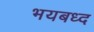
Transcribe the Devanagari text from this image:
भयबध्द